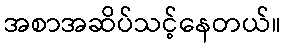
အစာအဆိပ်သင့်နေတယ်။